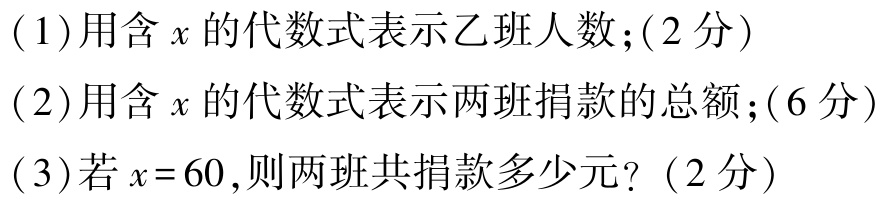
(1)用含\(x\)的代数式表示乙班人数；(2分)
(2)用含\(x\)的代数式表示两班捐款的总额；(6分)
(3)若\(x = 60\)，则两班共捐款多少元？(2分)